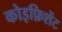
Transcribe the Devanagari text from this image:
कोइफ़िशेंट